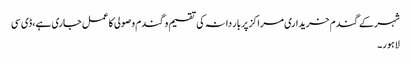
شہرکے گندم خریداری مراکز پر بار دانہ کی تقسیم و گندم وصولی کا عمل جاری ہے،ڈی سی
لاہور۔